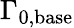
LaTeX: \Gamma_{0,\mathrm{base}}